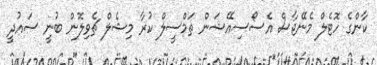
ކާންގެ ހޮޓެލް މެނޭޖާސް އެސޯސިއޭޝަން ތަމްސީލް ކުރާ މިޝެލް ޗެވިލޮން ބުނީ ސައުދީ